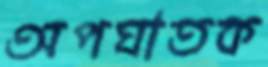
অপঘাতক